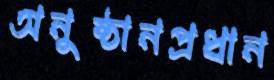
অনুষ্ঠানপ্রধান